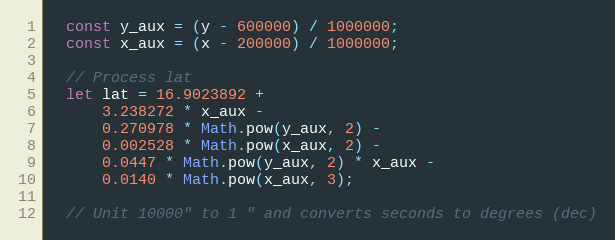
Language: JavaScript
  const y_aux = (y - 600000) / 1000000;
  const x_aux = (x - 200000) / 1000000;

  // Process lat
  let lat = 16.9023892 +
      3.238272 * x_aux -
      0.270978 * Math.pow(y_aux, 2) -
      0.002528 * Math.pow(x_aux, 2) -
      0.0447 * Math.pow(y_aux, 2) * x_aux -
      0.0140 * Math.pow(x_aux, 3);

  // Unit 10000" to 1 " and converts seconds to degrees (dec)